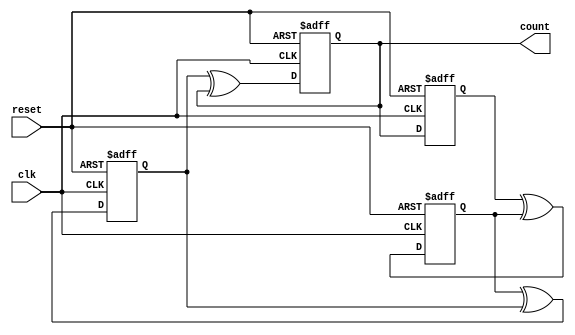
module JohnsonGrayCounter (
    input wire clk,
    input wire reset,
    output reg [3:0] count
);

reg [3:0] q [0:3];

always @(posedge clk or posedge reset) begin
    if (reset) begin
        q[0] <= 4'b0001;
        q[1] <= 4'b0011;
        q[2] <= 4'b0111;
        q[3] <= 4'b1111;
    end else begin
        q[0] <= q[3];
        q[1] <= q[0] ^ q[1];
        q[2] <= q[1] ^ q[2];
        q[3] <= q[2] ^ q[3];
    end
end

assign count = q[3];

endmodule